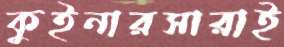
কুইনারসারাই